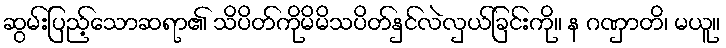
ဆွမ်းပြည့်သောဆရာ၏ သိပိတ်ကိုမိမိသပိတ်နှင်လဲလှယ်ခြင်းကို။ န ဂဏှာတိ၊ မယူ။